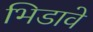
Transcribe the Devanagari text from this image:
भिडावे